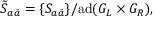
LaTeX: \tilde { S } _ { a \bar { a } } = \{ S _ { a \bar { a } } \} / \mathrm { a d } ( G _ { L } \times G _ { R } ) ,